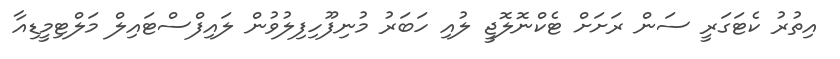
އިތުރު ކެޓަގަރީ ސަން ރަށަށް ޓެކްނޮލޮޖީ ލުއި ހަބަރު މުނިފޫހިފިލުވުން ލައިފްސްޓައިލް މަލްޓިމީޑިއާ